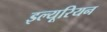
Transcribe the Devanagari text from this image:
इल्यूरियन